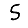
Digit: 5